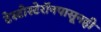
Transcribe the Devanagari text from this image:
टेस्टोस्टेरॉनपासूनही